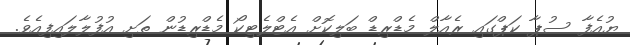
ޔުއެފާ ސުޕާ ކަޕްގައި ރެއާލް މެޑްރިޑް ބަލިކޮށް އެޓްލެޓިކޯ މެޑްރިޑުން ތަށި އުފުލާލައިފިއެވެ.